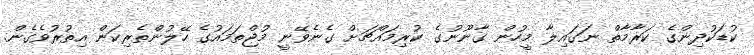
ކުޑަކުދިންގެ ކަރާމާތް ނަގައިލާ މީހުން ގާނޫނުގެ ކުރިމައްޗަށް ގެނެވޭނީ މުޖްތަމައުގެ ހޭލުންތެރިކަން އިތުރުވެގެން.